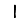
Digit: 1